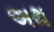
અથ